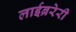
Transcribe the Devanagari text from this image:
लाईब्ररेरी